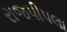
રાજપીપલા